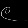
Digit: ၉